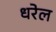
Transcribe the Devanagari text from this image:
धरेल